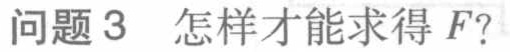
问题 3 怎样才能求得 \(F?\)